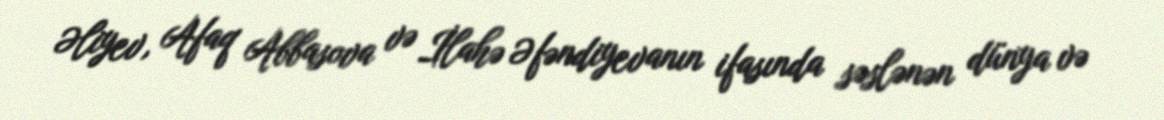
Əliyev, Afaq Abbasova və İlahə Əfəndiyevanın ifasında səslənən dünya və